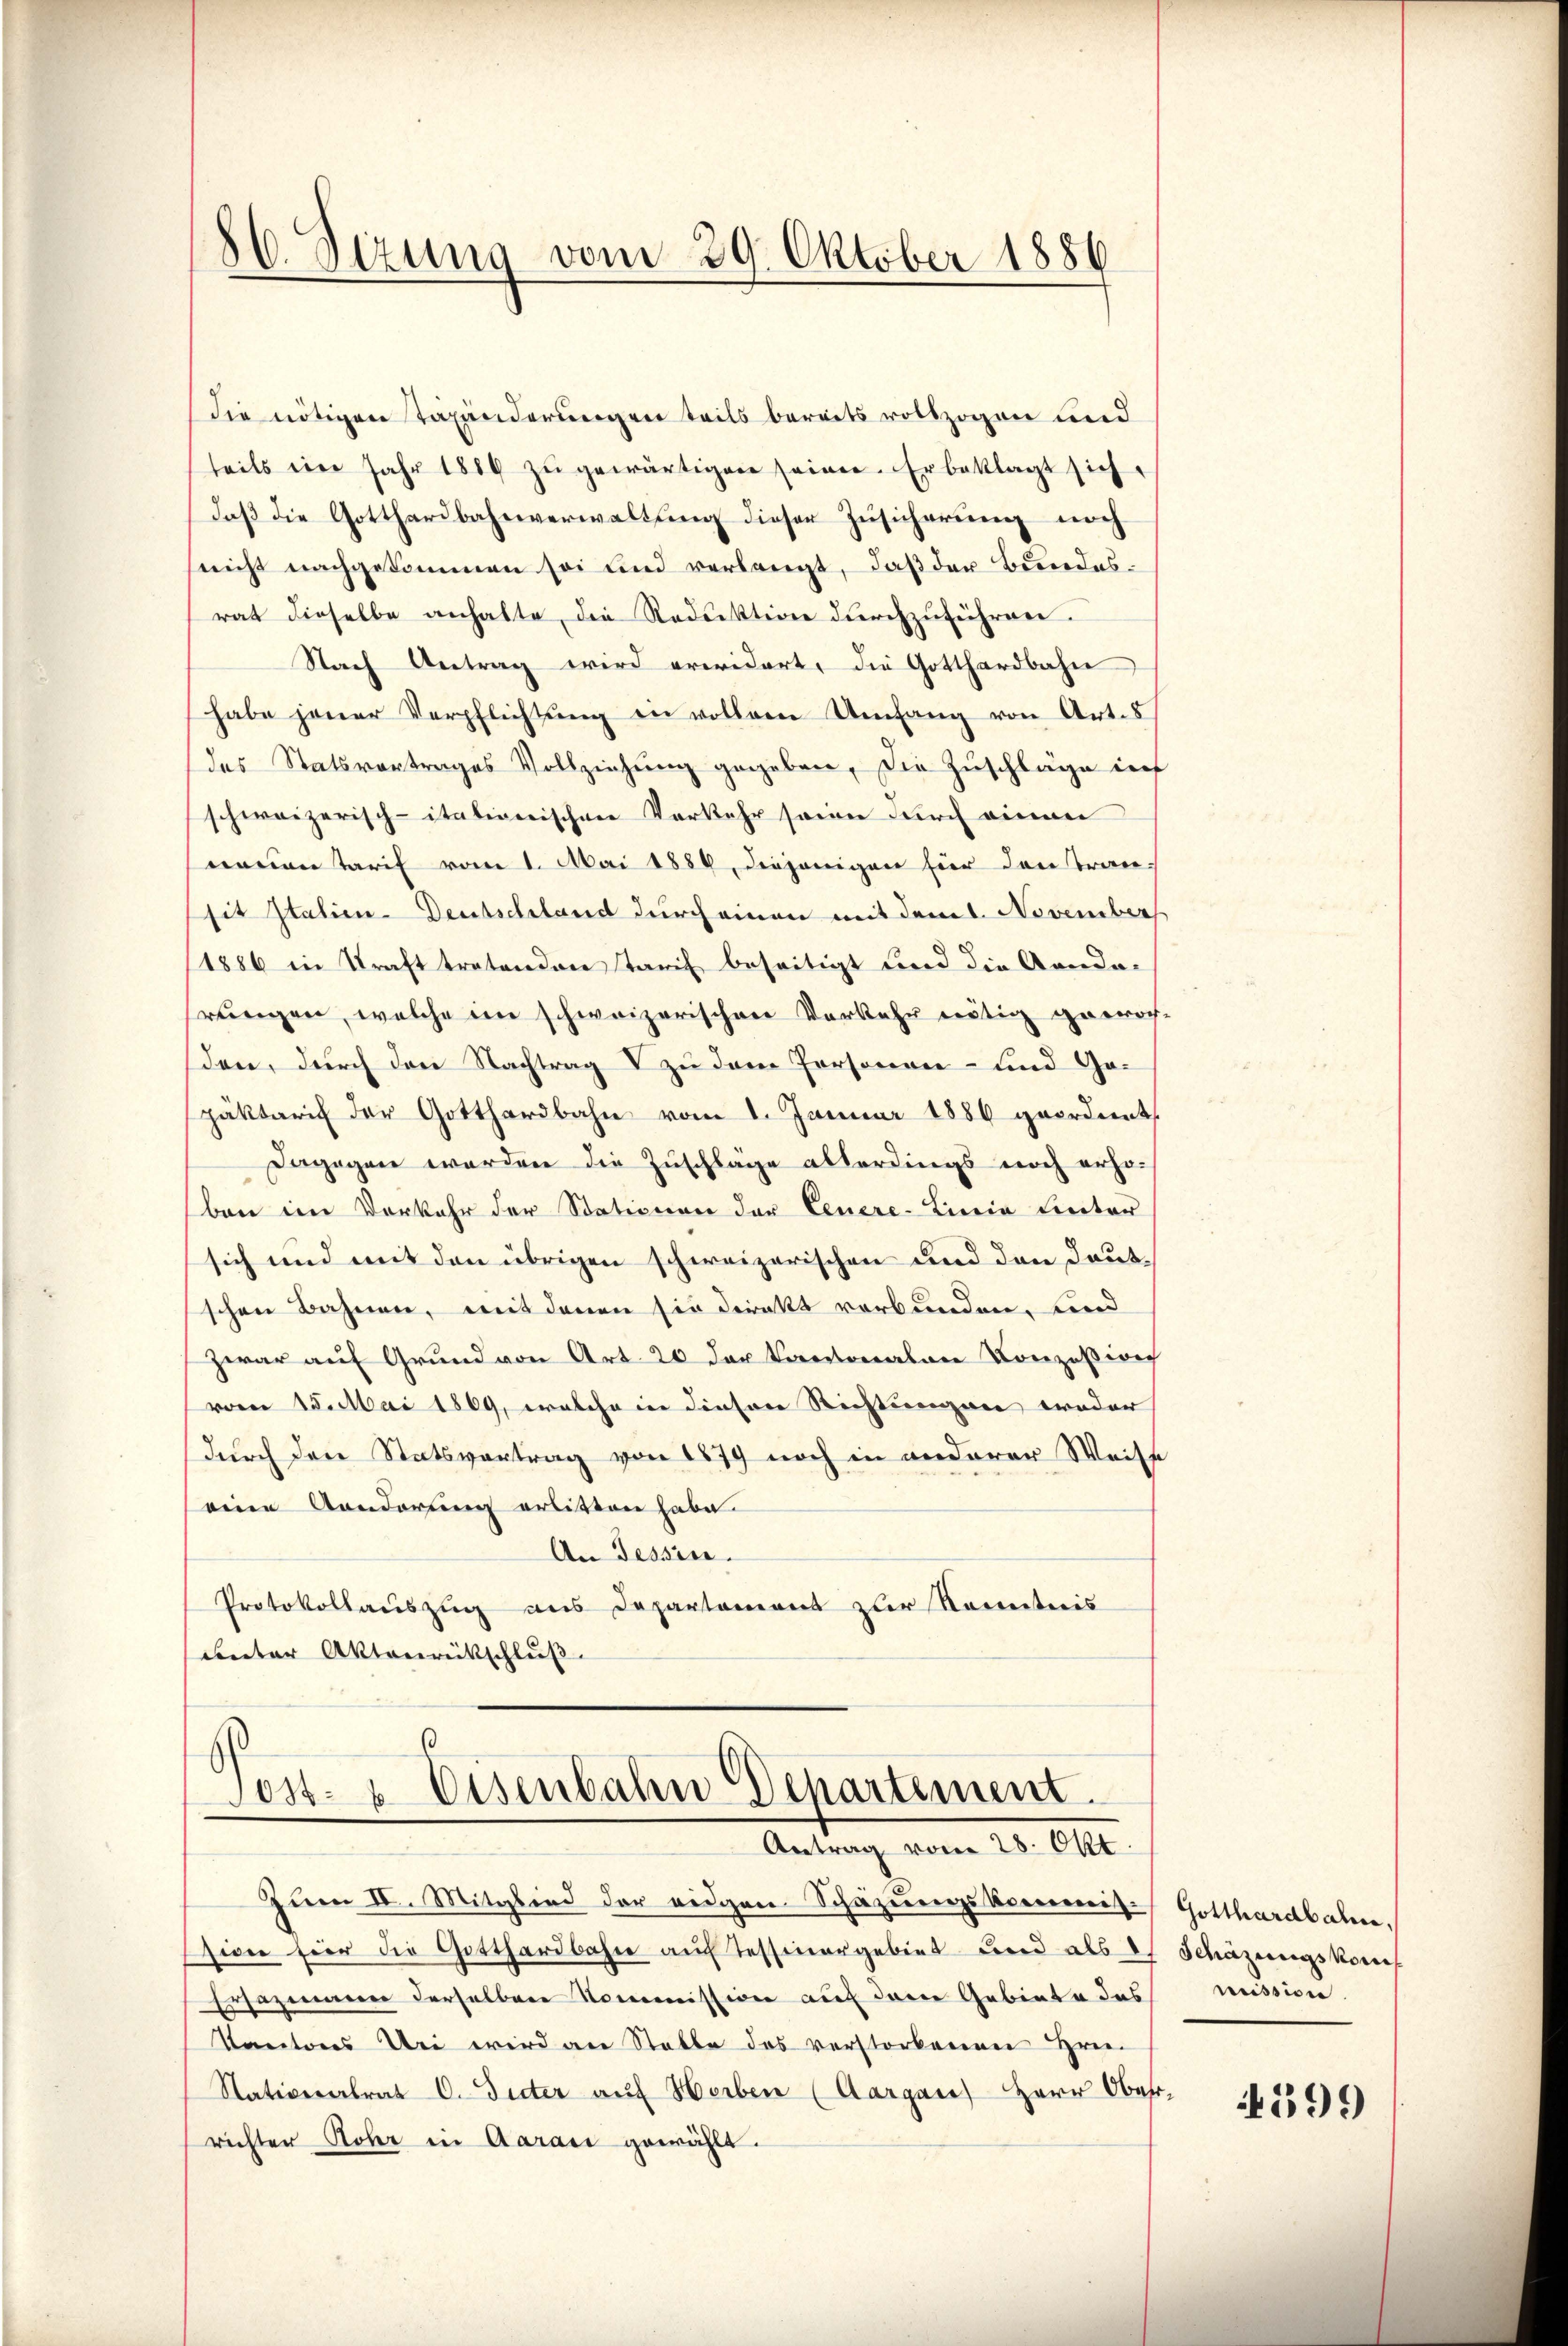
86. Sitzung vom 29. Oktober 1886

die nötigen Taxanderungen teils bereits vollzogen und
teils ein Jahr 1884 zŭ gewärtigen seinen. Er beklagt sich
daβ die Gotthardbahnverwaltung dieser Zusicherung noch
nicht nachgekommen sei und verlangt, daß der Bundesrat dieselbe anhalte, die Reduktion durchzuführen.
Nach Antrag wird erwidert, die Gotthardbahn
habe jener Verpflichtŭng in vollem Umfang von Art. 5
des Statsvertrages Vollzeichung gegeben, die Zuschläge inf
schweizerisch-itativerischen Vorkehr seine durch einen
neuen Tarif vom 1. Mai 1884, diejenigen hier den transit Italien-Deutschland durch einen mit dem November
1886 in Kraft tretenden Tarif beseitigt und die Arnda-
rungen, welche im schweizerischen Vorkehr nötig getrach-
den, durch den Nachtrag V zu dem Personen- und Gaspäktarif der Gotthardbahn vom 1. Januar 1886 geordnet,
dagegen werden die Zuschläge allerdings noch erho-
ben im Vorkehr der Stationen der Feuere-Linia Linter
sich und mit den übrigen schweizerischen und den Deut
schen Bahnen, mit denen sie direkt verbunden, und
zwar auf Grund von Art. 20 der kantonalen Konzession
vom 15. Mai 1869, welche in dieser Richtungen weder
durch der Statsvertrag von 1879 noch in anderer Weise
eine Aenderung erlitten habe.
An Tessin.
Protokollauszug aus Departement zur Kenntnis
unter Aktenrückschluß

Post- & Eisenbahn Departement
Antrag vom 28. Okt

Zum IV. Mitglied der eidgen Schazungskommis-Gotthardbahn.
siven für die Gotthardbahn auf Tessinergebiet und als es Schazungskomis
Ersazmann derselben Kommission auf dere Gebiete das mission.
Kantons Uri wird an Stalle des verstorbenen Hrn.
Nationalrat C. Suter auf Herben (Aargau) Herr Ober-
richter Rober in Aarau gewählt.

4599